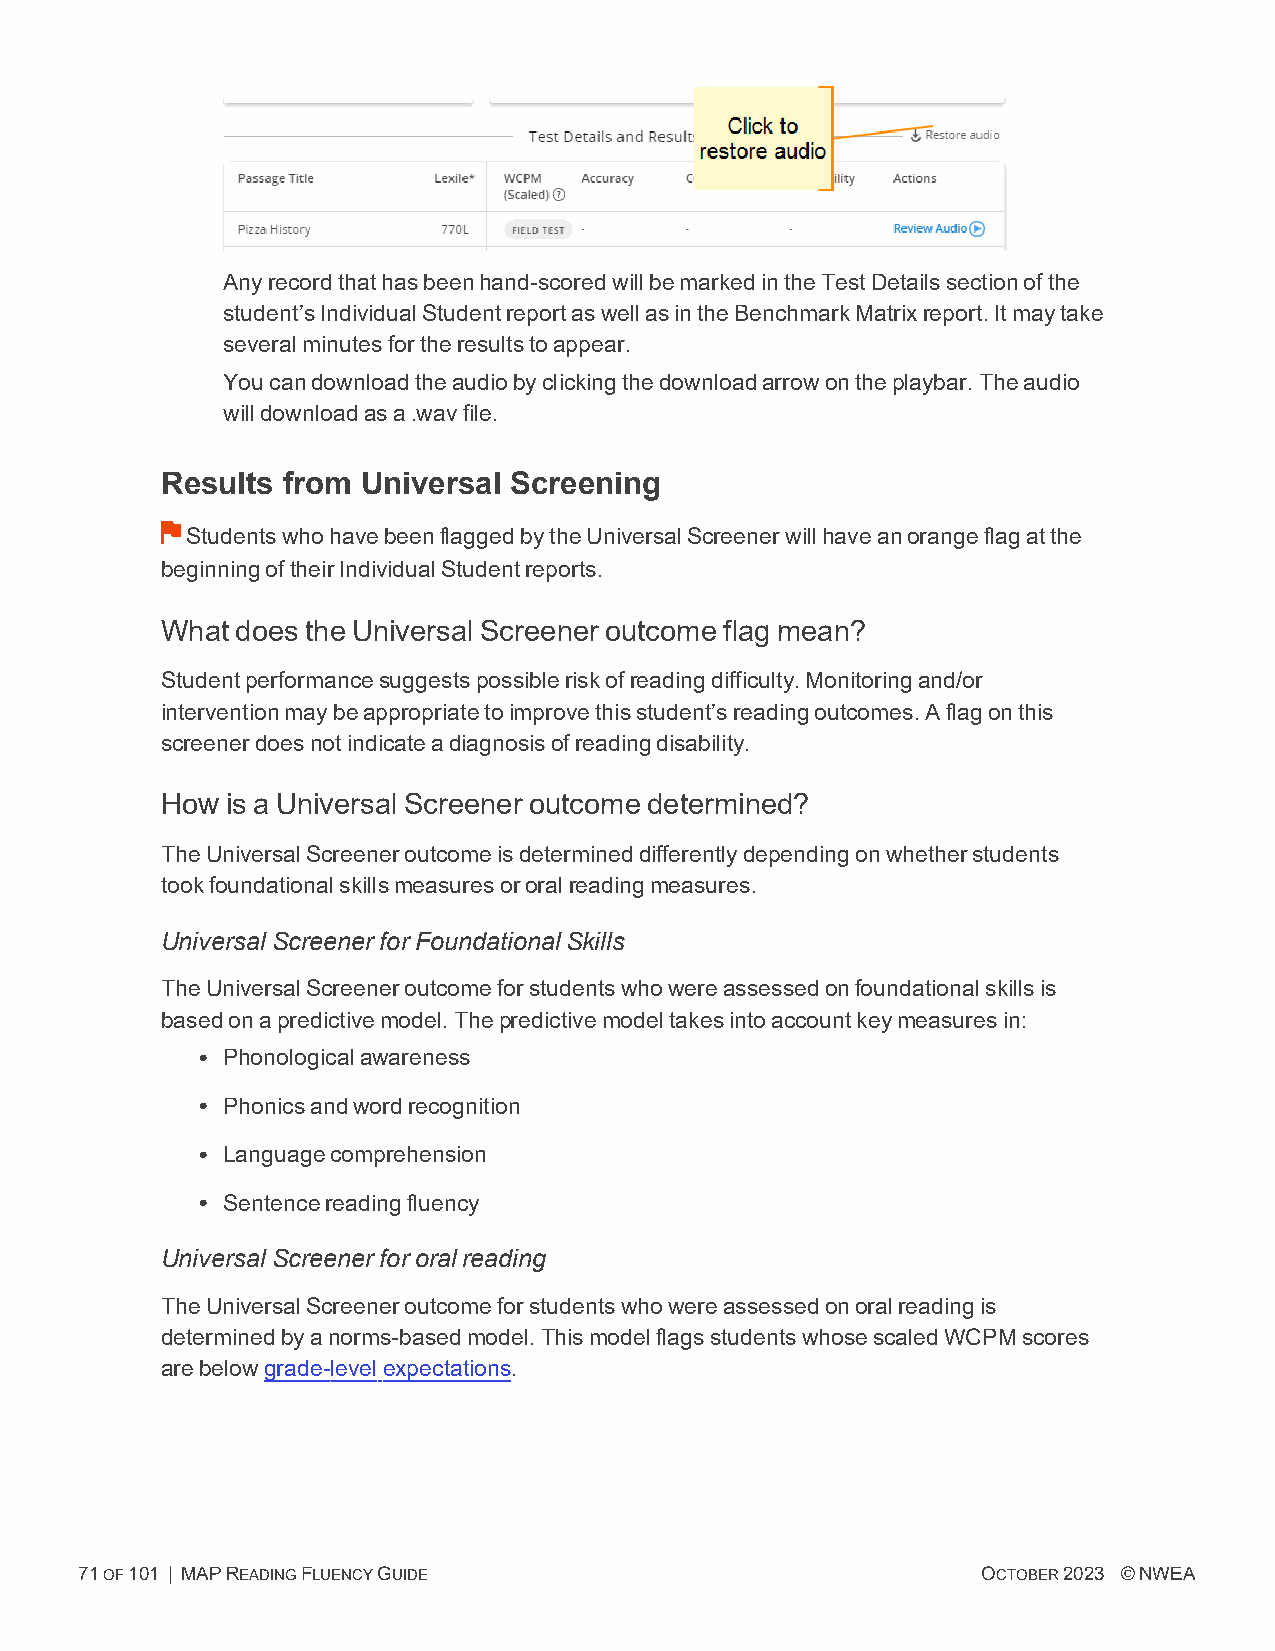
Anyrecordthathasbeenhand-scoredwillbemarkedintheTestDetailssectionofthe
 student’sIndividualStudentreportaswellasintheBenchmarkMatrixreport.Itmaytake
 severalminutesfortheresultstoappear.
 Youcandownloadtheaudiobyclickingthedownloadarrowontheplaybar.Theaudio
 willdownloadasa.wavfile.
 Results from Universal Screening
 StudentswhohavebeenflaggedbytheUniversalScreenerwillhaveanorangeflagatthe
 beginningoftheirIndividualStudentreports.
 What does the Universal Screener outcome flag mean?
 Studentperformancesuggestspossibleriskofreadingdifficulty.Monitoringand/or
 interventionmaybeappropriatetoimprovethisstudent’sreadingoutcomes.Aflagonthis
 screenerdoesnotindicateadiagnosisofreadingdisability.
 How is a Universal Screener outcome determined?
 TheUniversalScreeneroutcomeisdetermineddifferentlydependingonwhetherstudents
 tookfoundationalskillsmeasuresororalreadingmeasures.
 UniversalScreenerforFoundationalSkills
 TheUniversalScreeneroutcomeforstudentswhowereassessedonfoundationalskillsis
 basedonapredictivemodel.Thepredictivemodeltakesintoaccountkeymeasuresin:
 l Phonologicalawareness
 l Phonicsandwordrecognition
 l Languagecomprehension
 l Sentencereadingfluency
 UniversalScreenerfororalreading
 TheUniversalScreeneroutcomeforstudentswhowereassessedonoralreadingis
 determinedbyanorms-basedmodel.ThismodelflagsstudentswhosescaledWCPMscores
 arebelowgrade-levelexpectations.
 71OF101 | MAPREADINGFLUENCYGUIDE                            OCTOBER2023 ©NWEA